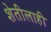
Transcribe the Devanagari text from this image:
शेतीलाही